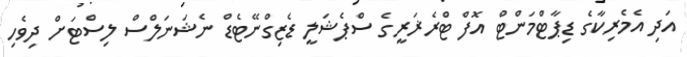
އަދި އެމެރިކާގެ ޑިޕާޓްމަންޓް އޮފް ޓްރެޜަރީގެ ސްޕެޝަލީ ޑެޒިގްނޭޓެޑް ނެޝަނަލްސް ލިސްޓަށް ދިވެހި